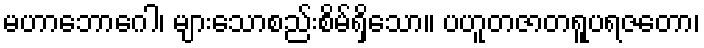
မဟာဘောဂေါ၊ များသောစည်းစိမ်ရှိသော။ ပဟူတဇာတရူပရဇတော၊